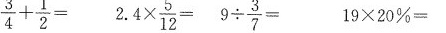
$$\frac{3}{4}+ \frac{1}{2}=$$ $$2.4 \times \frac{5}{12}= 9 \div \frac{3}{7}=$$ 19×20%=